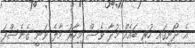
އެ ދޯނީގައި ހުރި ބައެއް މުދާ ވެސް މިހާރު މާލެ ވަނީ ގެނެސްފަ